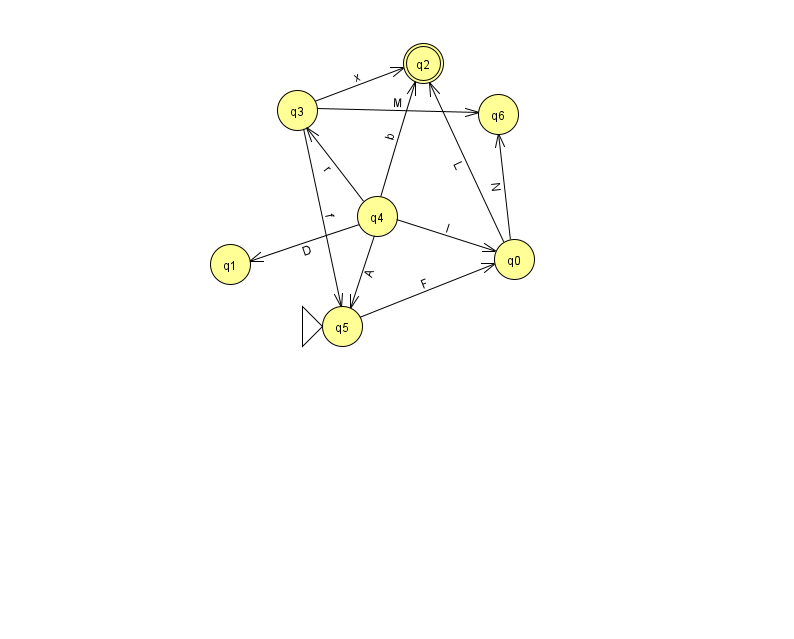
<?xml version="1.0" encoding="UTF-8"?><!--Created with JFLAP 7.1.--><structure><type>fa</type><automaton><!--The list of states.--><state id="0" name="q0"><x>514.0</x><y>246.0</y></state><state id="1" name="q1"><x>230.0</x><y>251.0</y></state><state id="2" name="q2"><x>423.0</x><y>50.0</y><final/></state><state id="3" name="q3"><x>297.0</x><y>97.0</y></state><state id="4" name="q4"><x>377.0</x><y>203.0</y></state><state id="5" name="q5"><x>342.0</x><y>313.0</y><initial/></state><state id="6" name="q6"><x>498.0</x><y>101.0</y></state><!--The list of transitions.--><transition><from>4</from><to>0</to><read>l</read></transition><transition><from>5</from><to>0</to><read>F</read></transition><transition><from>4</from><to>2</to><read>b</read></transition><transition><from>3</from><to>5</to><read>f</read></transition><transition><from>0</from><to>2</to><read>L</read></transition><transition><from>3</from><to>2</to><read>x</read></transition><transition><from>4</from><to>5</to><read>A</read></transition><transition><from>4</from><to>3</to><read>r</read></transition><transition><from>0</from><to>6</to><read>N</read></transition><transition><from>4</from><to>1</to><read>D</read></transition><transition><from>3</from><to>6</to><read>M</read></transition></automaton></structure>